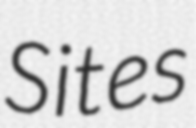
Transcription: Sites